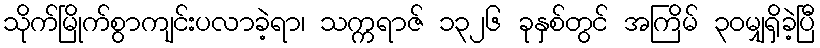
သိုက်မြိုက်စွာကျင်းပလာခဲ့ရာ၊ သက္ကရာဇ် ၁၃၂၆ ခုနှစ်တွင် အကြိမ် ၃၀မျှရှိခဲ့ပြီ